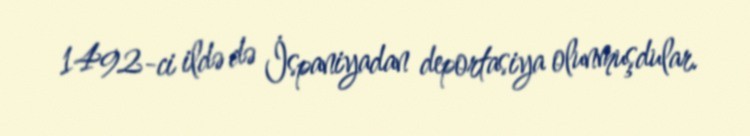
1492-ci ildə də İspaniyadan deportasiya olunmuşdular.